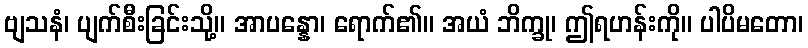
ဗျသနံ၊ ပျက်စီးခြင်းသို့။ အာပန္နော၊ ရောက်၏။ အယံ ဘိက္ခု၊ ဤရဟန်းကို။ ပါပိမတော၊